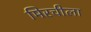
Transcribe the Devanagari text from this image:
मिरचीला